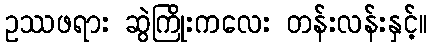
ဥဿဖရား ဆွဲကြိုးကလေး တန်းလန်းနှင့်။